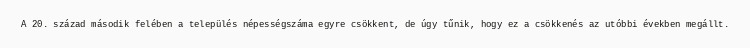
A 20. század második felében a település népességszáma egyre csökkent, de úgy tűnik, hogy ez a csökkenés az utóbbi években megállt.